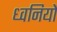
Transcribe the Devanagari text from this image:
ध्‍वनियों